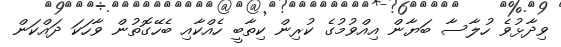
ވިދާޅުވެ ހުލާސާ ބަޔާން އިއްވުމުގެ ކުރިން ކިތާބީ ހެއްކާއި ބެހޭގޮތުން ވާހަކަ ދައްކަން